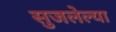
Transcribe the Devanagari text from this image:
सुजलेल्या